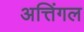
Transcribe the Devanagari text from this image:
अत्तिंगल